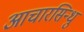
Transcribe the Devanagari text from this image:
आचारसिन्धु